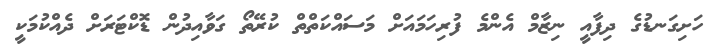
ހަށިގަނޑުގެ ދިފާއީ ނިޒާމް އެންމެ ފުރިހަމައަށް މަސައްކަތްތް ކުރޭތޯ ގަވާއިދުން ޑޮކްޓަރަށް ދެއްކުމަކީ